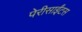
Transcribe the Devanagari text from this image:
पेरीसाईंटस